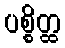
ပစ္စိတ္ထ